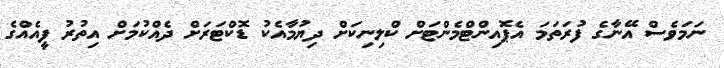
ނަމަވެސް އޭނާގެ ފުރަތަމަ އެޕޮއިންޓްމެންޓަށް ކްލިނިކަށް ދިޔުމާއެކު ޑޮކްޓަރަށް ދެއްކުމަށް އިތުރު ފީއެއްގެ